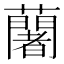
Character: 𮒼